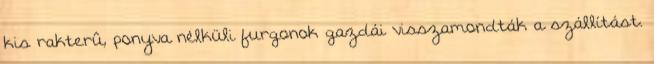
kis rakterû, ponyva nélküli furgonok gazdái visszamondták a szállítást.